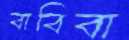
বাবিবা